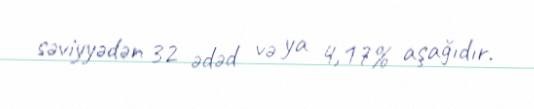
səviyyədən 32 ədəd və ya 4,17% aşağıdır.